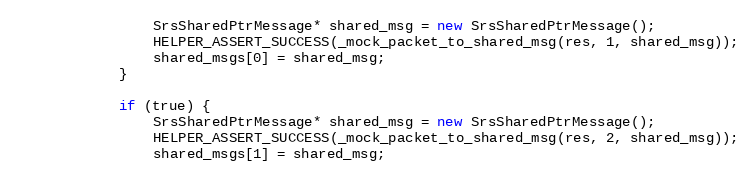
Language: C++
                SrsSharedPtrMessage* shared_msg = new SrsSharedPtrMessage();
                HELPER_ASSERT_SUCCESS(_mock_packet_to_shared_msg(res, 1, shared_msg));
                shared_msgs[0] = shared_msg;
            }

            if (true) {
                SrsSharedPtrMessage* shared_msg = new SrsSharedPtrMessage();
                HELPER_ASSERT_SUCCESS(_mock_packet_to_shared_msg(res, 2, shared_msg));
                shared_msgs[1] = shared_msg;